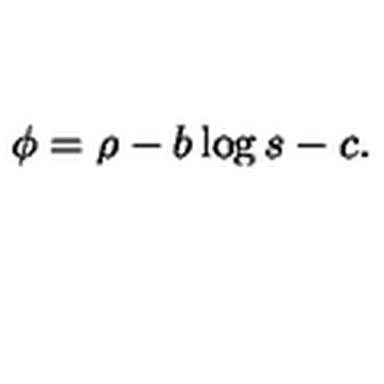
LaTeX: \phi = \rho - b \log s - c .